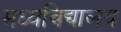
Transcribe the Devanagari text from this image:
मध्यविद्यालय